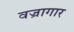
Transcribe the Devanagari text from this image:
वज्रागार